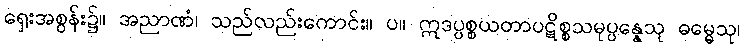
ရှေးအစွန်း၌။ အညာဏံ၊ သည်လည်းကောင်း။ ပ။ ဣဒပ္ပစ္စယတာပဋိစ္စသမုပ္ပန္နေသု ဓမ္မေသု၊